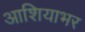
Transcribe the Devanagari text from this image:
आशियाभर